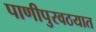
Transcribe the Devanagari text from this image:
पाणीपुरवठयात